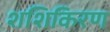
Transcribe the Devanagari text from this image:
शशिकिरण